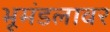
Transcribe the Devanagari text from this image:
भूमंडलावर